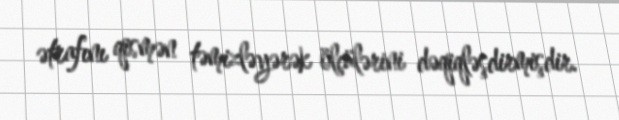
ətrafını qismən təmizləyərək ölçülərini dəqiqləşdirmişdir.